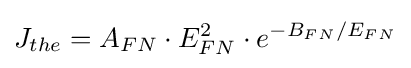
J_{the}=A_{FN}\cdot E_{FN}^{2}\cdot e^{-B_{FN}/E_{FN}}